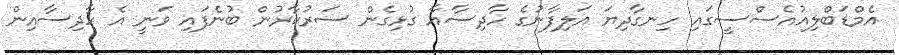
އެމްޑަބްލިއުއެސްސީގައި ހިނގާދިޔަ އަލިފާނުގެ ހާދިސާއާ ގުޅިގެން ސަރުކާރުން ބުނެފައި ވަނީ އެ ހާދިސާއިން